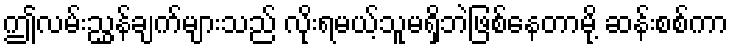
ဤလမ်းညွှန်ချက်များသည် လိုးရမယ့်သူမရှိဘဲဖြစ်နေတာမို့ ဆန်းစစ်ကာ